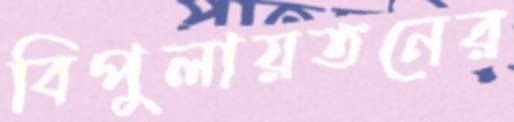
বিপুলায়তনের